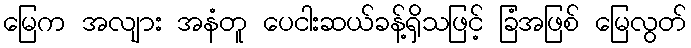
မြေက အလျား အနံတူ ပေငါးဆယ်ခန့်ရှိသဖြင့် ခြံအဖြစ် မြေလွတ်